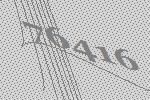
76416